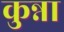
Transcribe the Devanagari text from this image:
कुन्ना